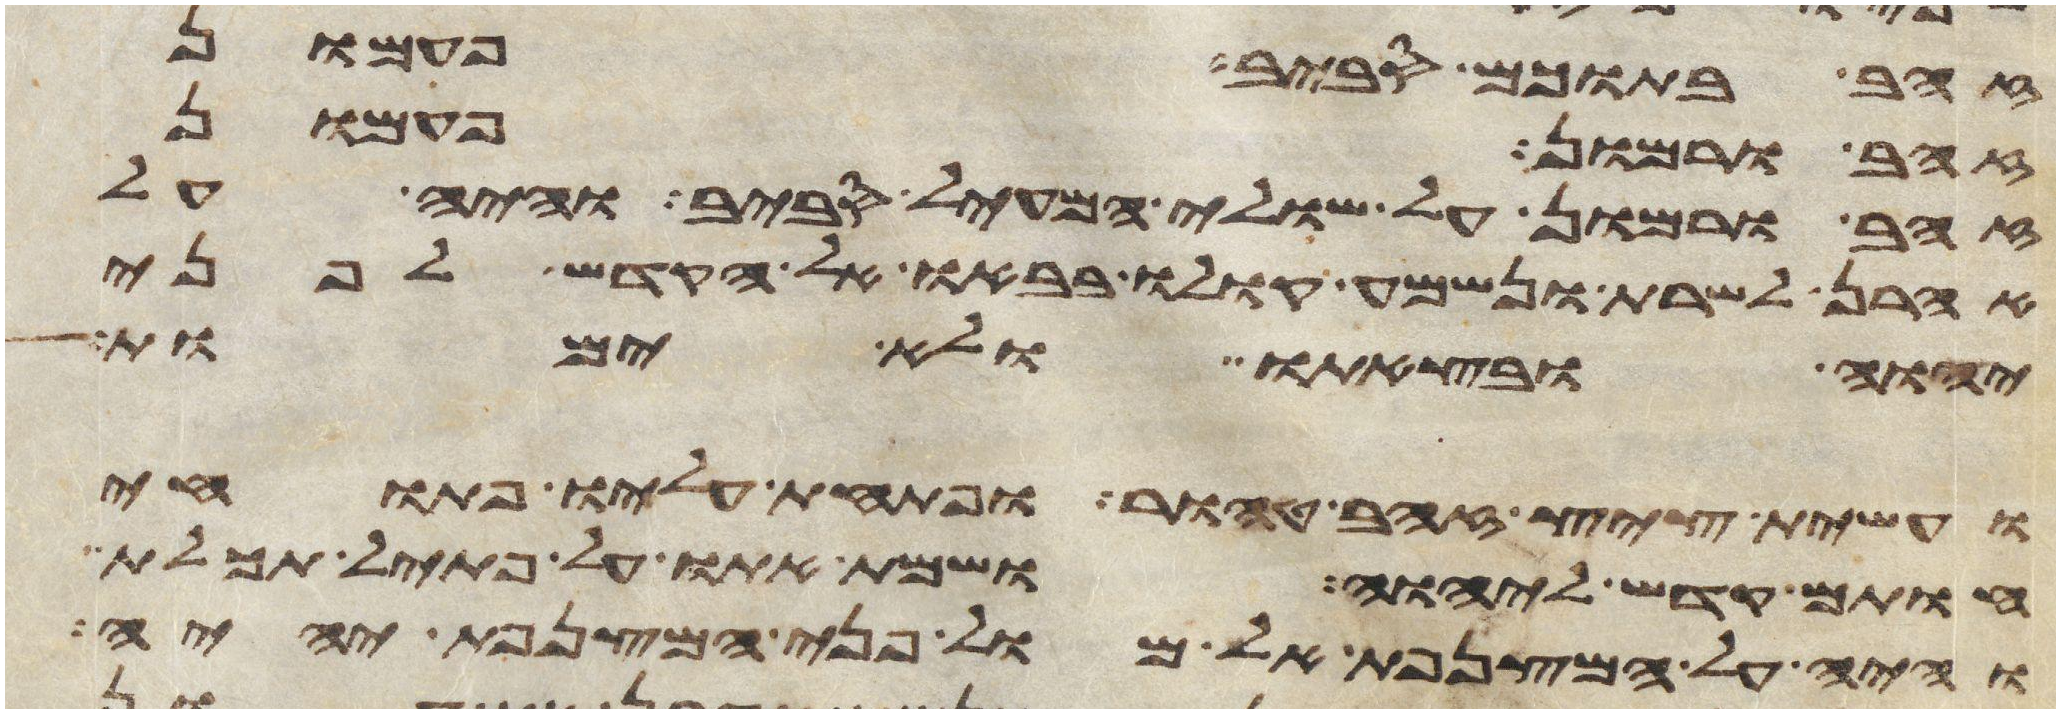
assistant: זהב בתוכם סביב פעמון
זהב ורמון פעמון
זהב ורמון על שולי המעיל סביב והיה על
אהרן לשרת ונשמע קולו בבאו אל הקדש לפני
יהוה ובצאתו ולא ימות
ועשית ציץ זהב טהור ופתחת עליו פתוחי
חותם קדש ליהוה ושמת אתו על פתיל תכלת
והיה על המצנפת אל מול פני המצנפת יהיה